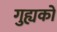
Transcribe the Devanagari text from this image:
गुह्यकों